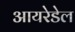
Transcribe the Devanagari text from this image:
आयरेडेल